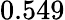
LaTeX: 0.549